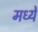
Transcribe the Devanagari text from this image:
मध्येे